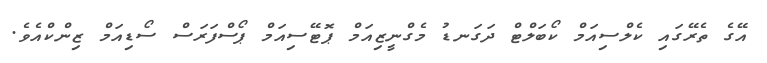
އޭގެ ތެރޭގައި ކެލްސިއަމް ކޯބަލްޓް ދަގަނޑު މެގްނީޒިއަމް ޕޮޓޭސިއަމް ޕޯސްފަރަސް ސޯޑިއަމް ޒިންކްއެވެ.